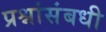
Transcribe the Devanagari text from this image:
प्रश्नांसंबधी